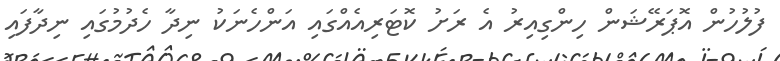
ފުލުހުން އޮޕަރޭޝަން ހިންގިއިރު އެ ރަށު ކޮޓަރިއެއްގައި އަންހެނަކު ނިދާ ހެދުމުގައި ނިދާފައި